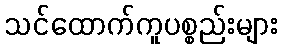
သင်ထောက်ကူပစ္စည်းများ